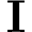
\mathbf { I }